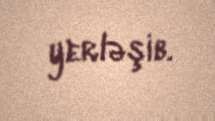
yerləşib.